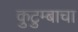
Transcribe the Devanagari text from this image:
कुटुम्बाचा